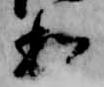
和